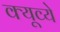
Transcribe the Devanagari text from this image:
क्यूव्ये